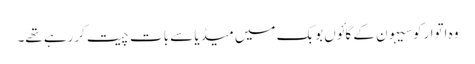
وہ اتوارکوسیہون کے گائوں بوبک میں میڈیا سے بات چیت کررہے تھے۔